Calcutta medical institutions reports 1879-81 [i.e.91]
Year: 1879
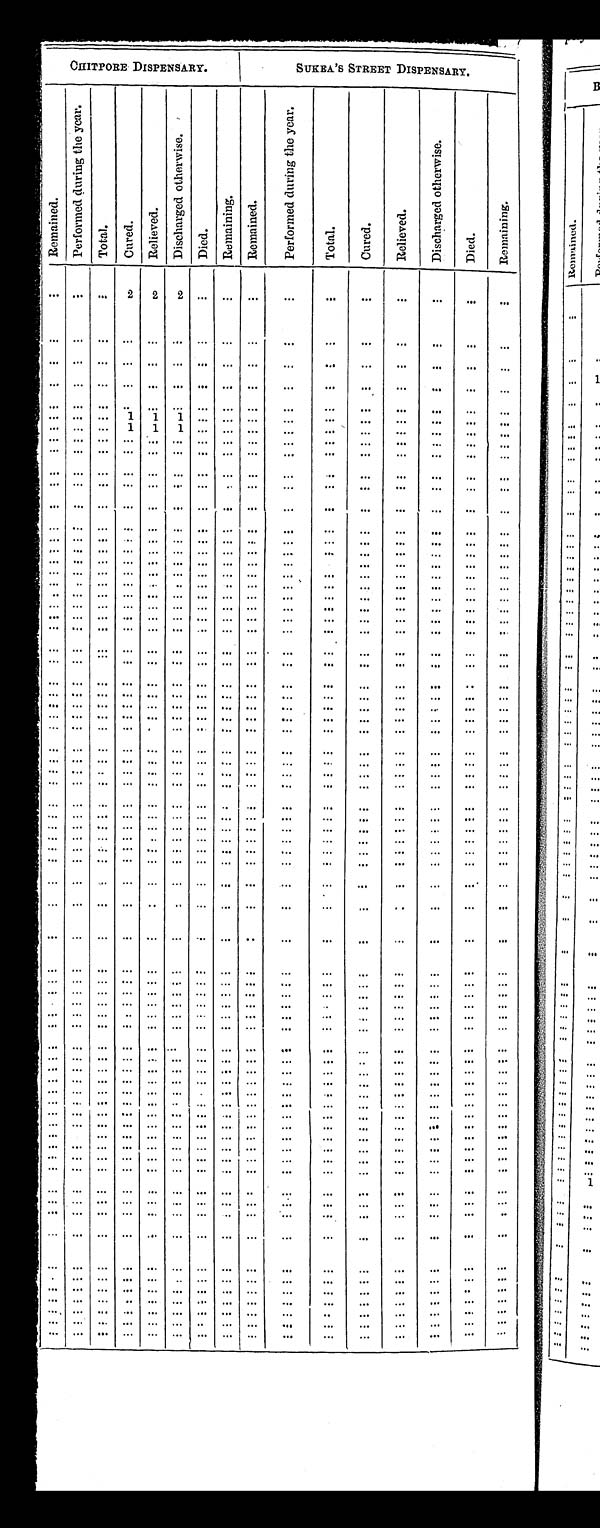
CHITTORE DISPENSARY.
SUKEA'S STREET DISPENSARY.
Re ma i ne d.
P e r f o r m e d d u r i n g t h e y e a r .
T o t a l .
C u r e d .
Rel i eved.
D i s c h a r g e d O t h e r w i s e .
D i e d .
R e m a i n i n g .
R e m a i n e d .
P e r f o r m e d d u r i n g t h e y e a r .
T o t a l .
C u r e d .
R e l i e v e d .
D i s c h a r g e d o t h e r w i s e .
D i e d .
R e m a i n i n g .
. . .
. . .
. . .
2
2
2
. . .
. . .
. . .
. . .
. . .
. . .
. . .
. . .
. . .
. . .
. . .
. . .
. . . . . .
. . . . . .
. . .
. . .
. . .
. . .
. . .
. . .
. . .
. . .
. . .
. . .
. . .
. . .
. . .
. . .
. . . . . .
. . .
. . .
. . .
. . .
. . .
. . .
. . .
. . .
. . .
. . .
. . .
. . .
. . .
. . .
. . .
. . .
. . .
. . .
. . .
. . .
. . .
. . .
. . .
. . .
. . .
. . .
. . .
. . .
. . .
. . .
. . . . . .
. . .
. . .
. . .
. . .
. . .
. . .
. . .
. . .
. . .
. . .
. . .
. . .
. . .
. . .
. . .
1
1
1
. . .
. . .
. . .
. . .
. . .
. . .
. . .
. . .
. . .
. . .
. . .
. . .
. . .
1
1
1
. . .
. . .
. . .
. . .
. . .
. . .
. . .
. . .
. . .
. . .
. . .
. . .
. . . . . .
. . .
. . .
. . .
. . .
. . .
. . .
. . .
. . .
. . .
. . .
. . .
. . .
. . .
. . .
. . . . . .
. . .
. . .
. . .
. . .
. . .
. . .
. . .
. . .
. . .
. . .
. . .
. . .
. . .
. . . . . . . . .
. . .
. . .
. . .
. . .
. . .
. . .
. . .
. . .
. . .
. . .
. . .
. . .
. . . . . .
. . . . . .
. . .
. . .
. . .
. . .
. . .
. . .
. . .
. . .
. . .
. . .
. . .
. . .
. . .
. . .
. . . . . .
. . .
. . .
. . .
. . .
. . .
. . .
. . .
. . .
. . .
. . .
. . .
. . .
. . .
. . .
. . . . . .
. . .
. . .
. . .
. . .
. . .
. . .
. . .
. . .
. . .
. . .
. . .
. . .
. . .
. . . . . . . . .
. . .
. . .
. . .
. . .
. . .
. . .
. . .
. . .
. . .
. . .
. . .
. . .
. . .
. . .
. . .
. . .
. . .
. . .
. . .
. . .
. . .
. . .
. . .
. . .
. . .
. . .
. . .
. . .
. . .
. . .
. . .
. . .
. . .
. . .
. . .
. . .
. . .
. . .
. . .
. . .
. . .
. . .
. . .
. . .
. . .
. . .
. . .
. . .
. . .
. . .
. . .
. . .
. . .
. . .
. . .
. . .
. . .
. . .
. . .
. . .
. . .
. . .
. . .
. . .
. . .
. . .
. . .
. . .
. . .
. . .
. . .
. . .
. . .
. . .
. . .
. . .
. . .
. . .
. . .
. . .
. . .
. . .
. . .
. . .
. . .
. . .
. . .
. . .
. . .
. . .
. . .
. . .
. . .
. . .
. . .
. . .
. . .
. . .
. . .
. . .
. . .
. . .
. . .
. . .
. . .
. . .
. . .
. . .
. . .
. . .
. . .
. . .
. . .
. . .
. . .
. . .
. . .
. . .
. . .
. . .
. . .
. . .
. . .
. . .
. . .
. . .
. . .
. . .
. . .
. . .
. . .
. . .
. . .
. . .
. . .
. . .
. . .
. . .
. . .
. . .
. . .
. . .
. . .
. . .
. . .
. . .
. . .
. . .
. . .
. . .
. . .
. . .
. . .
. . .
. . .
. . .
. . .
. . .
. . .
. . .
. . .
. . .
. . .
. . .
. . .
. . .
. . .
. . .
. . .
. . .
. . .
. . .
. . .
. . .
. . .
. . .
. . .
. . .
. . .
. . .
. . .
. . .
. . .
. . .
. . .
. . .
. . .
. . .
. . .
. . .
. . .
. . .
. . .
. . .
. . .
. . .
. . .
. . .
. . .
. . .
. . .
. . .
. . .
. . .
. . .
. . .
. . .
. . .
. . .
. . .
. . .
. . .
. . .
. . .
. . .
. . .
. . .
. . .
. . .
. . .
. . .
. . .
. . .
. . .
. . .
. . .
. . .
. . .
. . .
. . .
. . .
. . .
. . .
. . .
. . .
. . .
. . .
. . .
. . .
. . .
. . .
. . .
. . .
. . .
. . .
. . .
. . .
. . .
. . .
. . .
. . .
. . .
. . .
. . .
. . .
. . .
. . .
. . .
. . .
. . .
. . .
. . .
. . .
. . .
. . .
. . .
. . .
. . .
. . .
. . .
. . .
. . .
. . .
. . .
. . .
. . .
. . .
. . .
. . .
. . .
. . .
. . .
. . .
. . .
. . .
. . .
. . .
. . .
. . .
. . .
. . .
. . .
. . .
. . .
. . .
. . .
. . .
. . .
. . .
. . .
. . .
. . .
. . .
. . .
. . .
. . .
. . .
. . .
. . .
. . .
. . .
. . .
. . .
. . .
. . .
. . .
. . .
. . .
. . .
. . .
. . .
. . .
. . .
. . .
. . .
. . .
. . .
. . .
. . .
. . .
. . .
. . .
. . .
. . .
. . .
. . .
. . .
. . .
. . .
. . .
. . .
. . .
. . .
. . .
. . .
. . .
. . .
. . .
. . .
. . .
. . .
. . .
. . .
. . .
. . .
. . .
. . .
. . .
. . .
. . .
. . .
. . .
. . .
. . .
. . .
. . .
. . .
. . .
. . .
. . .
. . .
. . .
. . .
. . .
. . .
. . .
. . .
. . .
. . .
. . .
. . .
. . .
. . .
. . .
. . .
. . .
. . .
. . .
. . .
. . .
. . .
. . .
. . .
. . .
. . .
. . .
. . .
. . .
. . .
. . .
. . .
. . .
. . .
. . .
. . .
. . .
. . .
. . .
. . .
. . .
. . .
. . .
. . .
. . .
. . .
. . .
. . .
. . .
. . .
. . .
. . .
. . .
. . .
. . .
. . .
. . .
. . .
. . .
. . .
. . .
. . .
. . .
. . .
. . .
. . .
. . .
. . .
. . .
. . .
. . .
. . .
. . .
. . .
. . .
. . .
. . .
. . .
. . .
. . .
. . .
. . .
. . .
. . .
. . .
. . .
. . .
. . .
. . .
. . .
. . .
. . .
. . .
. . .
. . .
. . .
. . .
. . .
. . .
. . .
. . .
. . .
. . .
. . .
. . .
. . .
. . .
. . .
. . .
. . .
. . .
. . .
. . .
. . .
. . .
. . .
. . .
. . .
. . .
. . .
. . .
. . .
. . .
. . .
. . .
. . .
. . .
. . .
. . .
. . .
. . .
. . .
. . .
. . .
. . .
. . .
. . .
. . .
. . .
. . .
. . .
. . .
. . .
. . .
. . .
. . .
. . .
. . .
. . .
. . .
. . .
. . .
. . .
. . .
. . .
. . .
. . .
. . .
. . .
. . .
. . .
. . .
. . .
. . .
. . .
. . .
. . .
. . .
. . .
. . .
. . .
. . .
. . .
. . .
. . .
. . .
. . .
. . .
. . .
. . .
. . .
. . .
. . .
. . .
. . .
. . .
. . .
. . .
. . .
. . .
. . .
. . .
. . .
. . .
. . .
. . .
. . .
. . .
. . .
. . .
. . .
. . .
. . .
. . .
. . .
. . .
. . .
. . .
. . .
. . .
. . .
. . .
. . .
. . .
. . .
. . .
. . .
. . .
. . .
. . .
. . .
. . .
. . .
. . .
. . .
. . .
. . .
. . .
. . .
. . .
. . .
. . .
. . .
. . .
. . .
. . .
. . .
. . .
. . .
. . .
. . .
. . .
. . .
. . .
. . .
. . .
. . .
. . .
. . .
. . .
. . .
. . .
. . .
. . .
. . .
. . .
. . .
. . .
. . .
. . .
. . .
. . .
. . .
. . .
. . .
. . .
. . .
. . .
. . .
. . .
. . .
. . .
. . .
. . .
. . .
. . .
. . .
. . .
. . .
. . .
. . .
. . .
. . .
. . .
. . .
. . .
. . .
. . .
. . .
. . .
. . .
. . .
. . .
. . .
. . .
. . .
. . .
. . .
. . .
. . .
. . .
. . .
. . .
. . .
. . .
. . .
. . .
. . .
. . .
. . .
. . .
. . .
. . .
. . .
. . .
. . .
. . .
. . .
. . .
. . .
. . .
. . .
. . .
. . .
. . .
. . .
. . .
. . .
. . .
. . .
. . .
. . .
. . .
. . .
. . .
. . .
. . .
. . .
. . .
. . .
. . .
. . .
. . .
. . .
. . .
. . .
. . .
. . .
. . .
. . .
. . .
. . .
. . .
. . .
. . .
. . .
. . .
. . .
. . .
. . .
. . .
. . .
. . .
. . .
. . .
. . .
. . .
. . .
. . .
. . .
. . .
. . .
. . .
. . .
. . .
. . .
. . .
. . .
. . .
. . .
. . .
. . .
. . .
. . .
. . .
. . .
. . .
. . .
. . .
. . .
. . .
. . .
. . .
. . .
. . .
. . .
. . .
. . .
. . .
. . .
. . .
. . .
. . .
. . .
. . .
. . .
. . .
. . .
. . .
. . .
. . .
. . .
. . .
. . .
. . .
. . .
. . .
. . .
. . .
. . .
. . .
. . .
. . .
. . .
. . .
. . .
. . .
. . .
. . .
. . .
. . .
. . .
. . .
. . .
. . .
. . .
. . .
. . .
. . .
. . .
. . .
. . .
. . .
. . .
. . .
. . .
. . .
. . .
. . .
. . .
. . .
. . .
. . .
. . .
. . .
. . .
. . .
. . .
. . .
. . .
. . .
. . .
. . .
. . .
. . .
. . .
. . .
. . .
. . .
. . .
. . .
. . .
. . .
. . .
. . .
. . .
. . .
. . .
. . .
. . .
. . .
. . .
. . .
. . .
. . .
. . .
. . .
. . .
. . .
. . .
. . .
. . .
. . .
. . .
. . .
. . .
. . .
. . .
. . .
. . .
. . .
. . .
. . .
. . .
. . .
. . .
. . .
. . .
. . .
. . .
. . .
. . .
. . .
. . .
. . .
. . .
. . .
. . .
. . .
. . .
. . .
. . .
. . .
. . .
. . .
. . .
. . .
. . .
. . .
. . .
. . .
. . .
. . .
. . .
. . .
. . .
. . .
. . .
. . .
. . .
. . .
. . .
. . .
. . .
. . .
. . .
. . .
. . .
. . .
. . .
. . .
. . .